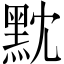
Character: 黕